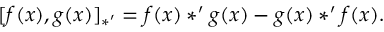
[ f ( x ) , g ( x ) ] _ { \ast ^ { \prime } } = f ( x ) * ^ { \prime } g ( x ) - g ( x ) * ^ { \prime } f ( x ) .